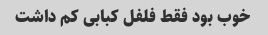
خوب بود فقط فلفل کبابی کم داشت